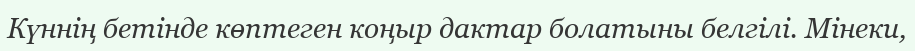
Күннің бетінде көптеген коңыр дактар болатыны белгілі. Мінеки,